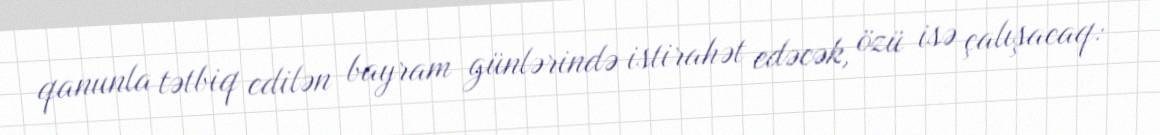
qanunla tətbiq edilən bayram günlərində istirahət edəcək, özü isə çalışacaq: